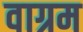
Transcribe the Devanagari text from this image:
वाग्रम